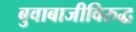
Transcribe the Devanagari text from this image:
बुवाबाजीविरुद्ध